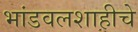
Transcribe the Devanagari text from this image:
भांडवलशाहीचे